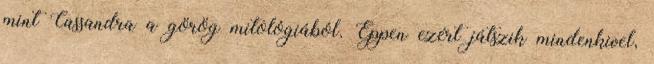
mint Cassandra a görög mitológiából. Éppen ezért játszik mindenkivel,